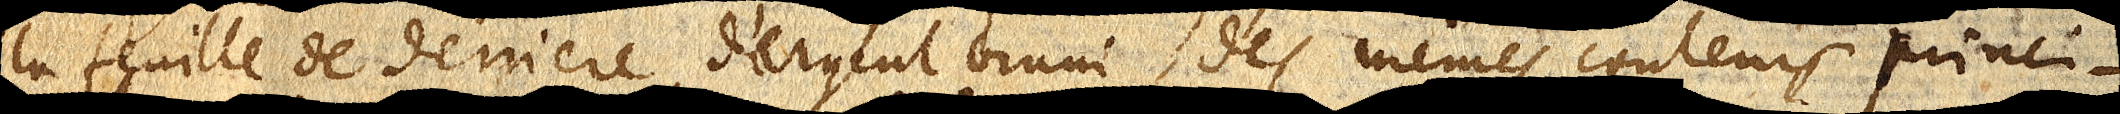
la feuille de derriere d’argent bruni, des mêmes couleurs princi–